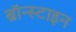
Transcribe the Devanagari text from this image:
ब्रॉन्स्टाइन